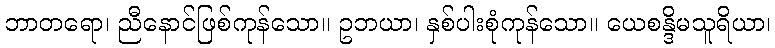
ဘာတရော၊ ညီနောင်ဖြစ်ကုန်သော။ ဥဘယာ၊ နှစ်ပါးစုံကုန်သော။ ယေစန္ဒိမသူရိယာ၊